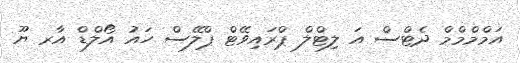
އަމްމްމްމް ދެޓްސް އަ ލިޓްލް ޕްރައިވޭޓް ޕްލޭސް ހައު އޯލްޑް އާރ ޔޫ